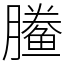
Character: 䲢